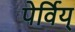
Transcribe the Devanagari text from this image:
पेर्विय्